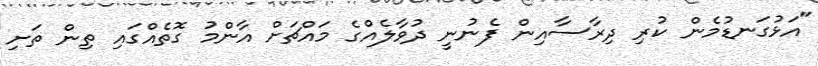
"އަޅުގަނޑުމެން ކުރި ދިރާސާއިން ފެނުނީ ދުވާލެއްގެ މައްޗަށް އާންމު ގޮތެއްގައި ތިން ތަށި